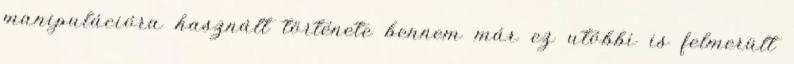
manipulációra használt története bennem már ez utóbbi is felmerült